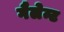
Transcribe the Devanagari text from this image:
गैलेन्ट